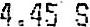
4.45 S